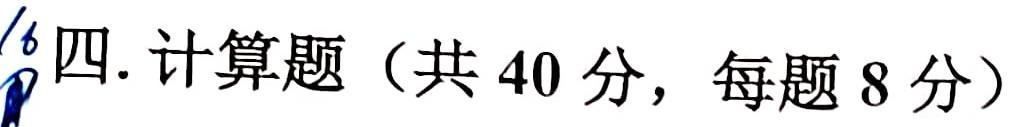
四. 计算题（共40分，每题8分）